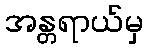
အန္တရာယ်မှ